Indian journal of veterinary science and animal husbandry - Volume 13,
Year: 1943
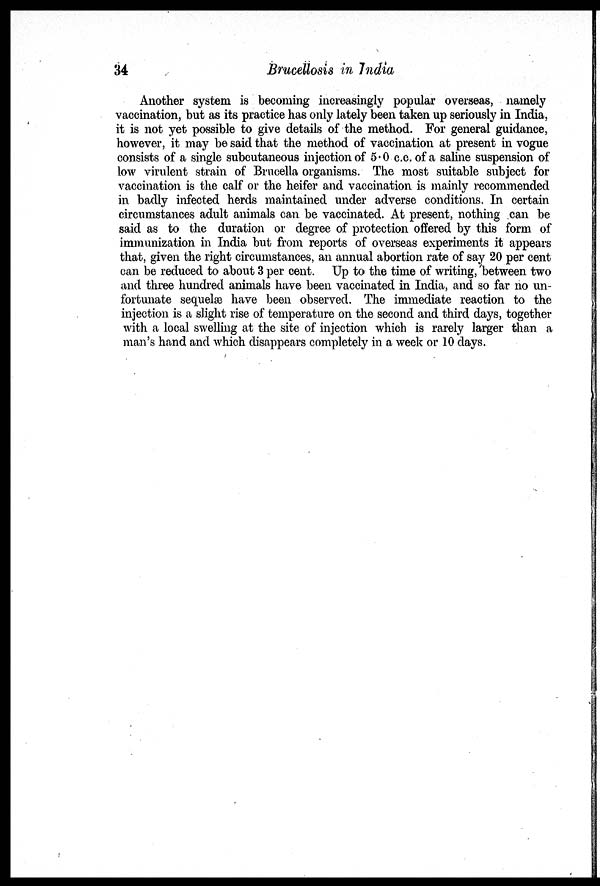
34
Brucellosis in India
Another system is becoming increasingly popular overseas, namely
vaccination, but as its practice has only lately been taken up seriously in India,
it is not yet possible to give details of the method. For general guidance,
however, it may be said that the method of vaccination at present in vogue
consists of a single subcutaneous injection of 5.0 c.c. of a saline suspension of
low virulent strain of Brucella organisms. The most suitable subject for
vaccination is the calf or the heifer and vaccination is mainly recommended
in badly infected herds maintained under adverse conditions. In certain
circumstances adult animals can be vaccinated. At present, nothing can be
said as to the duration or degree of protection offered by this form of
immunization in India but from reports of overseas experiments it appears
that, given the right circumstances, an annual abortion rate of say 20 per cent
can be reduced to about 3 per cent. Up to the time of writing, between two
and three hundred animals have been vaccinated in India, and so far no un-
fortunate sequelæ have been observed. The immediate reaction to the
injection is a slight rise of temperature on the second and third days, together
with a local swelling at the site of injection which is rarely larger than a
man's hand and which disappears completely in a week or 10 days.